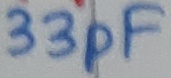
Text: 33pF